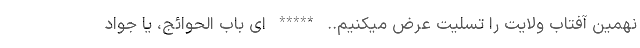
نهمین آفتاب ولایت را تسلیت عرض میکنیم.. ***** ای باب الحوائج، یا جواد